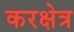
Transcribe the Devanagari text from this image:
करक्षेत्र